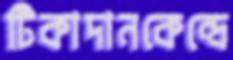
টিকাদানকেন্দ্রে